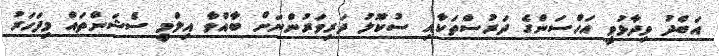
އަބްދު ވިދާޅުވީ އަހްސަންގެ ދަރުސްތަކާއި ސުކޫލު ދަރިވަރުންނަށް ބާއްވާ އިލްމީ ސެޝަންތައް މިފަހަރު